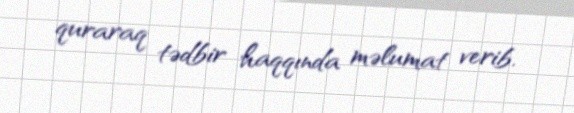
quraraq tədbir haqqında məlumat verib.